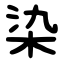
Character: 染